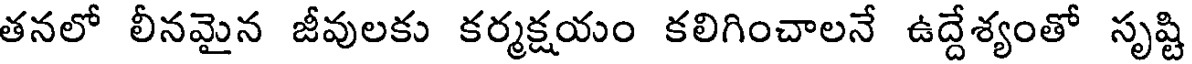
తనలో లీనమైన జీవులకు కర్మక్షయం కలిగించాలనే ఉద్దేశ్యంతో సృష్టి